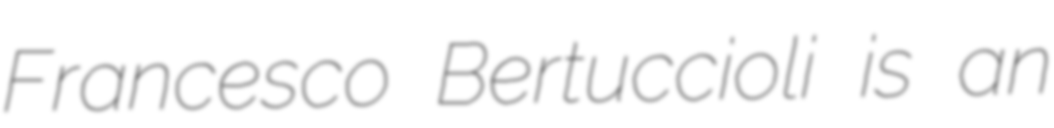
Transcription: Francesco Bertuccioli is an